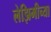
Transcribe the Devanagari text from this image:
लेझिमीच्या